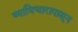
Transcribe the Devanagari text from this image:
व्याभिचारापासून